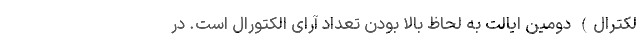
لکترال) دومین ایالت به لحاظ بالا بودن تعداد آرای الکتورال است. در